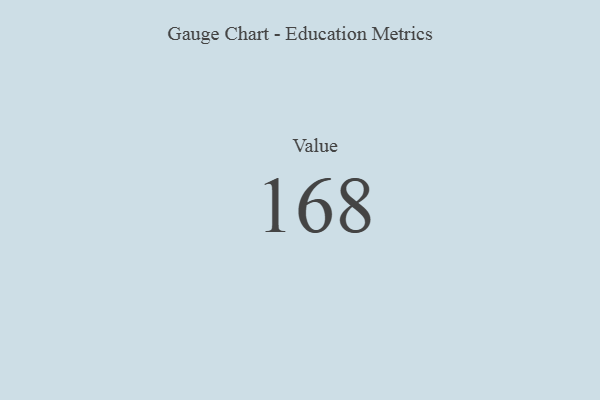
{"axis": {"x": "Metric", "y": "Value"}, "legend": [""], "data": [{"x": "Value", "y": 168, "type": ""}]}